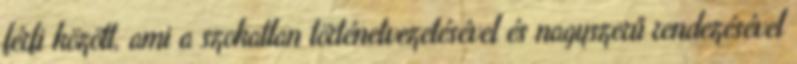
férfi között, ami a szokatlan történetvezetésével és nagyszerű rendezésével